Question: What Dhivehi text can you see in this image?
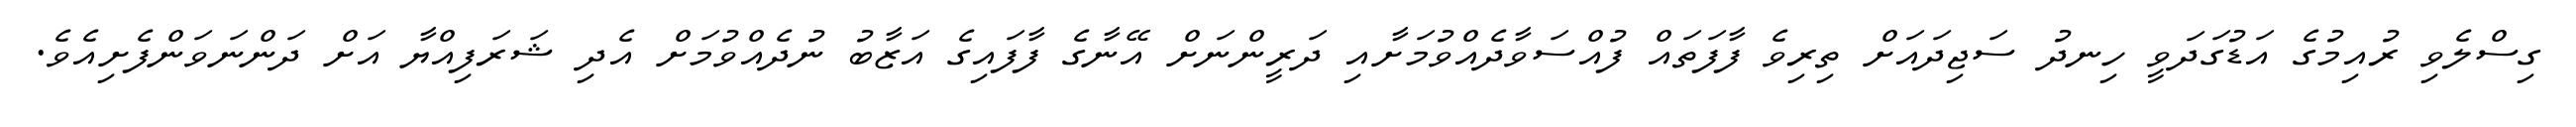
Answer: ގިސްލެވި ރުއިމުގެ އަޑުގަދަވީ ހިނދު ސަޖިދައަށް ތިރިވެ ފާފަތައް ފުއްސަވާދެއްވުމަށާއި ދަރީންނަށް އޭނާގެ ފާފައިގެ އަޒާބު ނުދެއްވުމަށް އެދި ޝަރަފިއްޔާ އަށް ދަންނަވަންފެށިއެވެ.